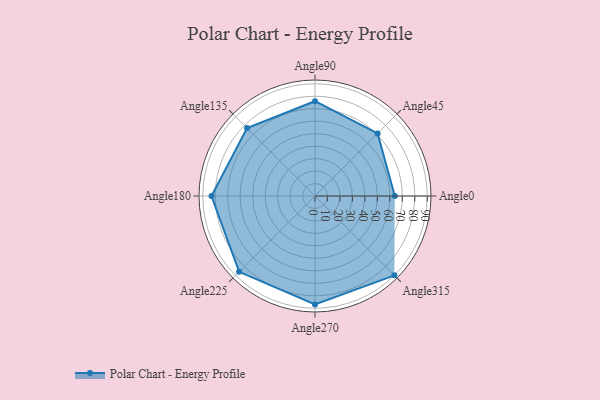
{"axis": {"x": "Angle", "y": "Radius"}, "legend": [""], "data": [{"x": "Angle0", "y": 64.0, "type": ""}, {"x": "Angle45", "y": 71.0, "type": ""}, {"x": "Angle90", "y": 76.0, "type": ""}, {"x": "Angle135", "y": 77.0, "type": ""}, {"x": "Angle180", "y": 83.0, "type": ""}, {"x": "Angle225", "y": 86.0, "type": ""}, {"x": "Angle270", "y": 87.0, "type": ""}, {"x": "Angle315", "y": 90.0, "type": ""}]}